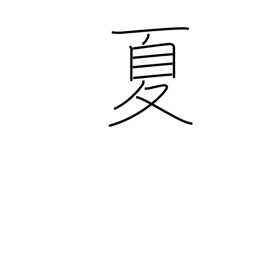
Meaning: summer